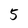
Character: 5